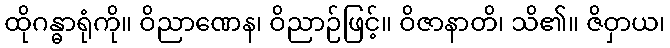
ထိုဂန္ဓာရုံကို။ ဝိညာဏေန၊ ဝိညာဉ်ဖြင့်။ ဝိဇာနာတိ၊ သိ၏။ ဇိဝှာယ၊